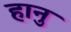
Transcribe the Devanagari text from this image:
हानु